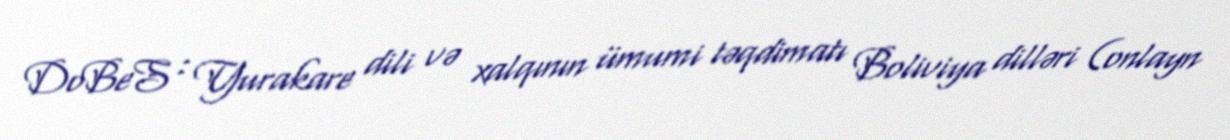
DoBeS : Yurakare dili və xalqının ümumi təqdimatı Boliviya dilləri (onlayn